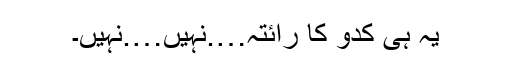
یہ ہی کدو کا رائتہ….نہیں….نہیں۔